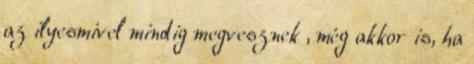
az ilyesmivel mindig megvesznek , még akkor is, ha